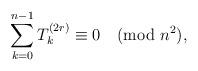
LaTeX: \begin{align*}\sum_{k=0}^{n-1}T_k^{(2r)}\equiv0\pmod{n^2},\end{align*}